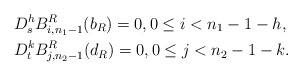
\begin{align*}&D_s^{h}B_{i,n_1-1}^{R}(b_R)=0, 0\le i<n_1-1-h,\\&D_t^{k}B_{j,n_2-1}^{R}(d_R)=0, 0\le j<n_2-1-k.\end{align*}